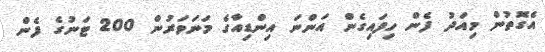
އެގޮތުން މިއަދު ފެން ހިފައިގެން އަންނަ އިންޑިއާގެ މަނަވަރުން 200 ޓަނުގެ ފެން